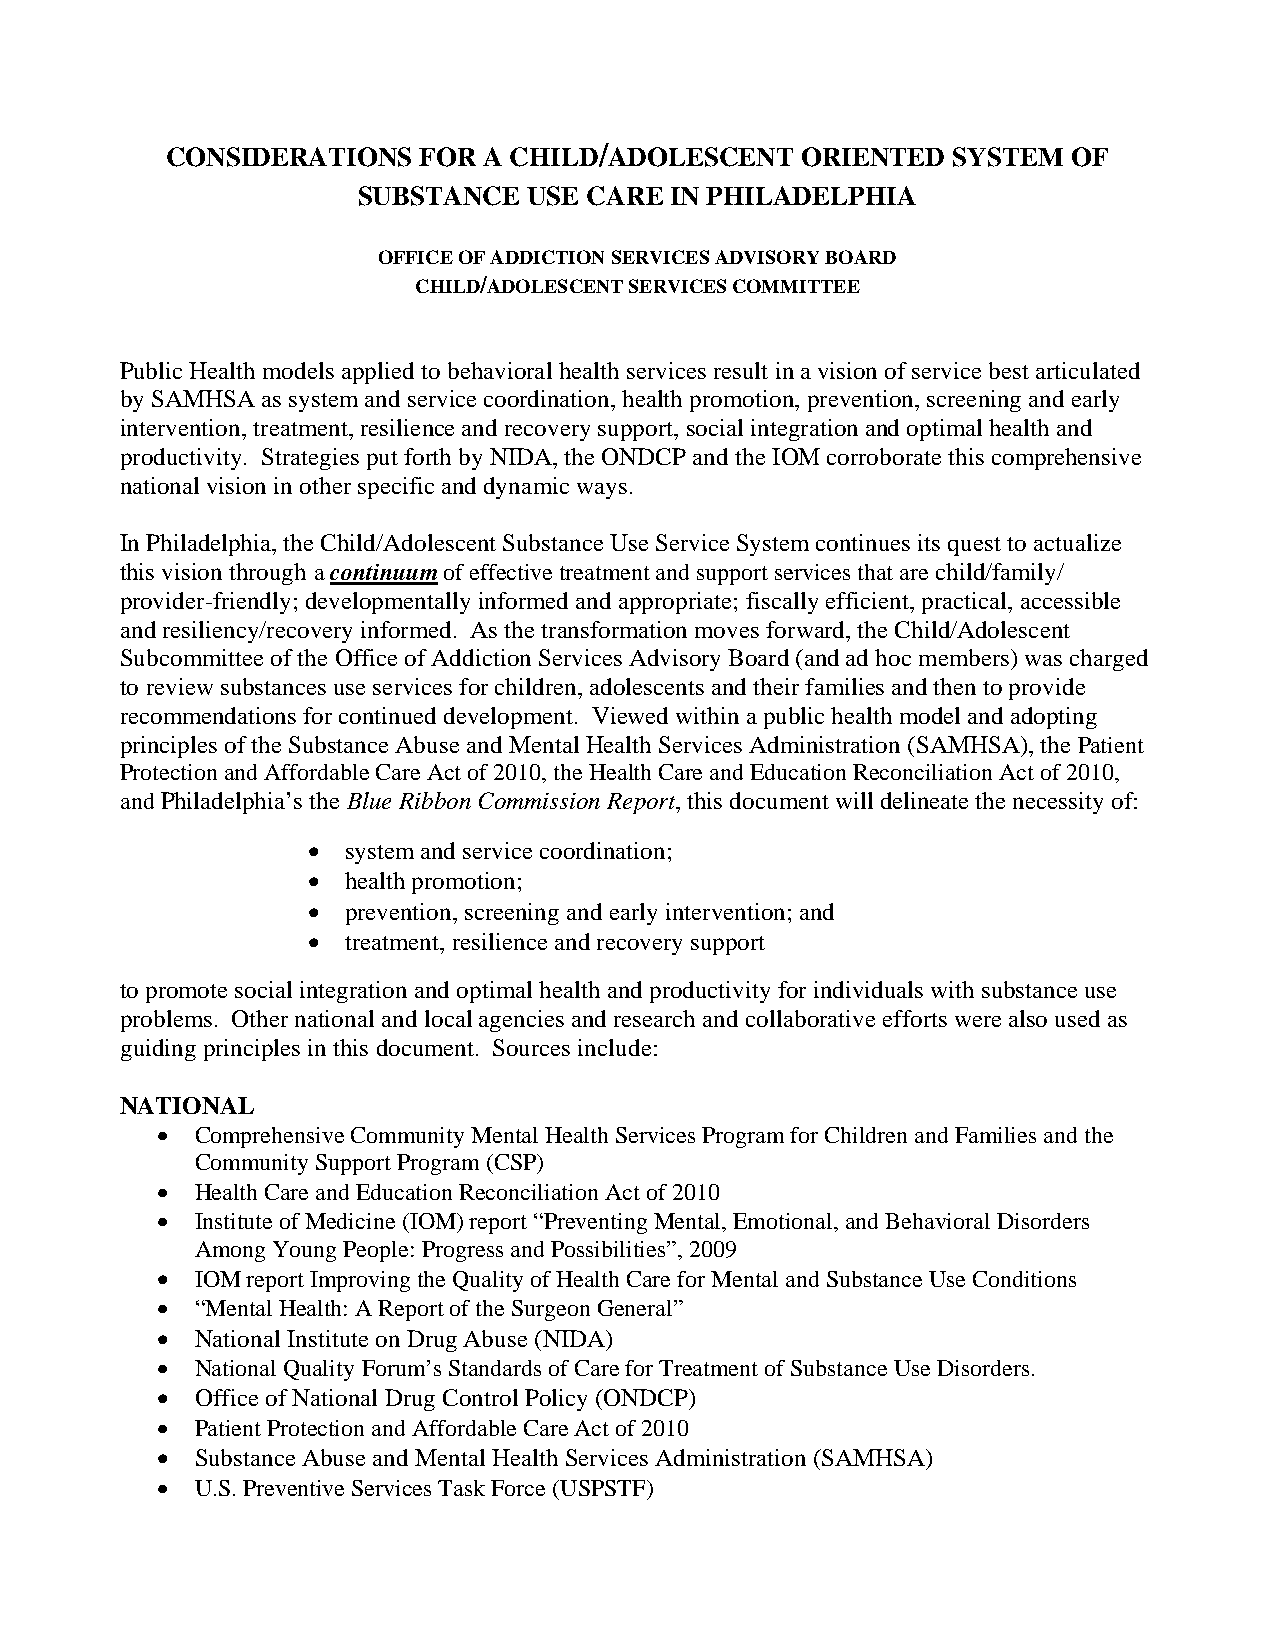
CONSIDERATIONS   FOR A CHILD/ADOLESCENT   ORIENTED  SYSTEM  OF
 SUBSTANCE  USE CARE IN PHILADELPHIA
 OFFICE OF ADDICTION SERVICES ADVISORY BOARD
 CHILD/ADOLESCENT SERVICES COMMITTEE
 Public Health models applied to behavioral health services result in a vision of service best articulated
 by SAMHSA as system and service coordination, health promotion, prevention, screening and early
 intervention, treatment, resilience and recovery support, social integration and optimal health and
 productivity. Strategies put forth by NIDA, the ONDCP and the IOM corroborate this comprehensive
 national vision in other specific and dynamic ways.
 In Philadelphia, the Child/Adolescent Substance Use Service System continues its quest to actualize
 this vision through a continuum of effective treatment and support services that are child/family/
 provider-friendly; developmentally informed and appropriate; fiscally efficient, practical, accessible
 and resiliency/recovery informed. As the transformation moves forward, the Child/Adolescent
 Subcommittee of the Office of Addiction Services Advisory Board (and ad hoc members) was charged
 to review substances use services for children, adolescents and their families and then to provide
 recommendations for continued development. Viewed within a public health model and adopting
 principles of the Substance Abuse and Mental Health Services Administration (SAMHSA), the Patient
 Protection and Affordable Care Act of 2010, the Health Care and Education Reconciliation Act of 2010,
 and Philadelphia’s the Blue Ribbon Commission Report, this document will delineate the necessity of:
 •  system and service coordination;
 •  health promotion;
 •  prevention, screening and early intervention; and
 •  treatment, resilience and recovery support
 to promote social integration and optimal health and productivity for individuals with substance use
 problems. Other national and local agencies and research and collaborative efforts were also used as
 guiding principles in this document. Sources include:
 NATIONAL
 •  Comprehensive Community Mental Health Services Program for Children and Families and the
 Community Support Program (CSP)
 •  Health Care and Education Reconciliation Act of 2010
 •  Institute of Medicine (IOM) report “Preventing Mental, Emotional, and Behavioral Disorders
 Among Young People: Progress and Possibilities”, 2009
 •  IOM report Improving the Quality of Health Care for Mental and Substance Use Conditions
 •  “Mental Health: A Report of the Surgeon General”
 •  National Institute on Drug Abuse (NIDA)
 •  National Quality Forum’s Standards of Care for Treatment of Substance Use Disorders.
 •  Office of National Drug Control Policy (ONDCP)
 •  Patient Protection and Affordable Care Act of 2010
 •  Substance Abuse and Mental Health Services Administration (SAMHSA)
 •  U.S. Preventive Services Task Force (USPSTF)